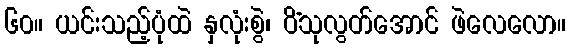
၆၀။ ယင်းသည့်ပုံထဲ နှလုံးစွဲ၊ ပိံသုလွတ်အောင် ဖဲလေလော။